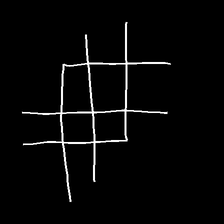
Glyph: crystal